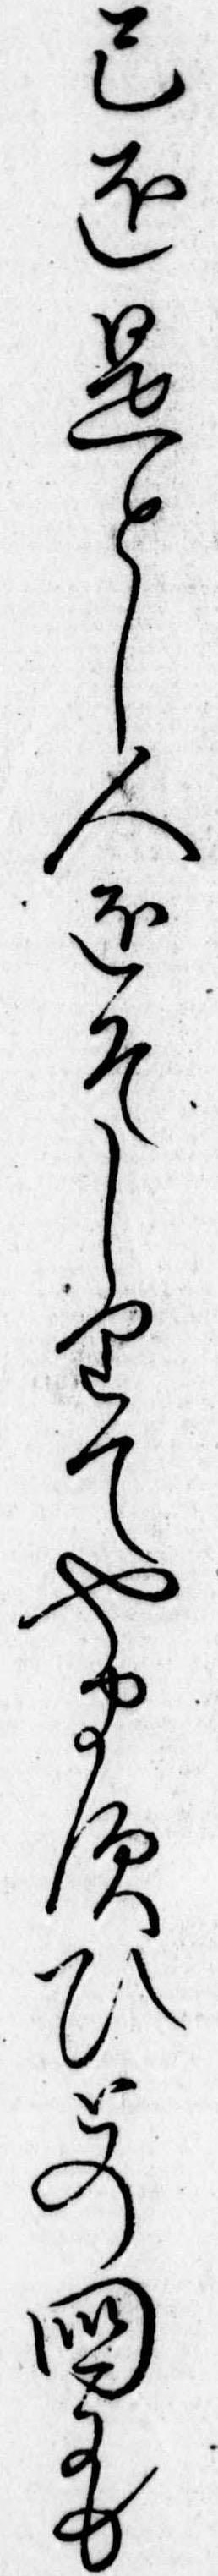
己を是とし人をそしりてやますひとの国にも